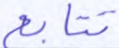
تتابع